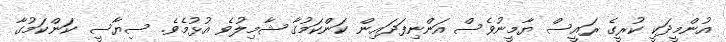
އުންމީދަކީ ކުރީގެ ރައީސް ޔާމީނުވެސް އަންނިފަދައިން ކަންކަމުގާ ޝާމިލުވެ އުޅުމެވެ. ސިޔާސީ ކަންކަމުގާ